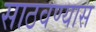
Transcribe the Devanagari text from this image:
साठवण्यास